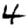
Digit: 4